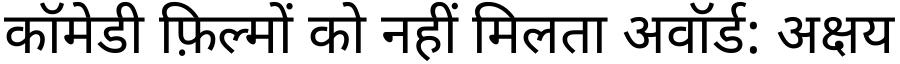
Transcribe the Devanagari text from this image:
कॉमेडी फ़िल्मों को नहीं मिलता अवॉर्ड: अक्षय